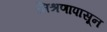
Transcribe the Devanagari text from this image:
मिश्रणापासून